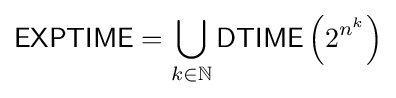
{\mathsf {EXPTIME}}=\bigcup _{k\in \mathbb {N} }{\mathsf {DTIME}}\left(2^{n^{k}}\right)